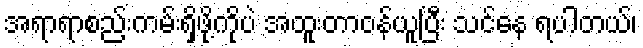
အရာရာစည်းကမ်းရှိဖို့ကိုပဲ အထူးတာဝန်ယူပြီး သင်နေ ရပါတယ်၊